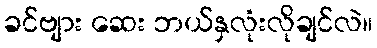
ခင်ဗျား ဆေး ဘယ်နှလုံးလိုချင်လဲ။